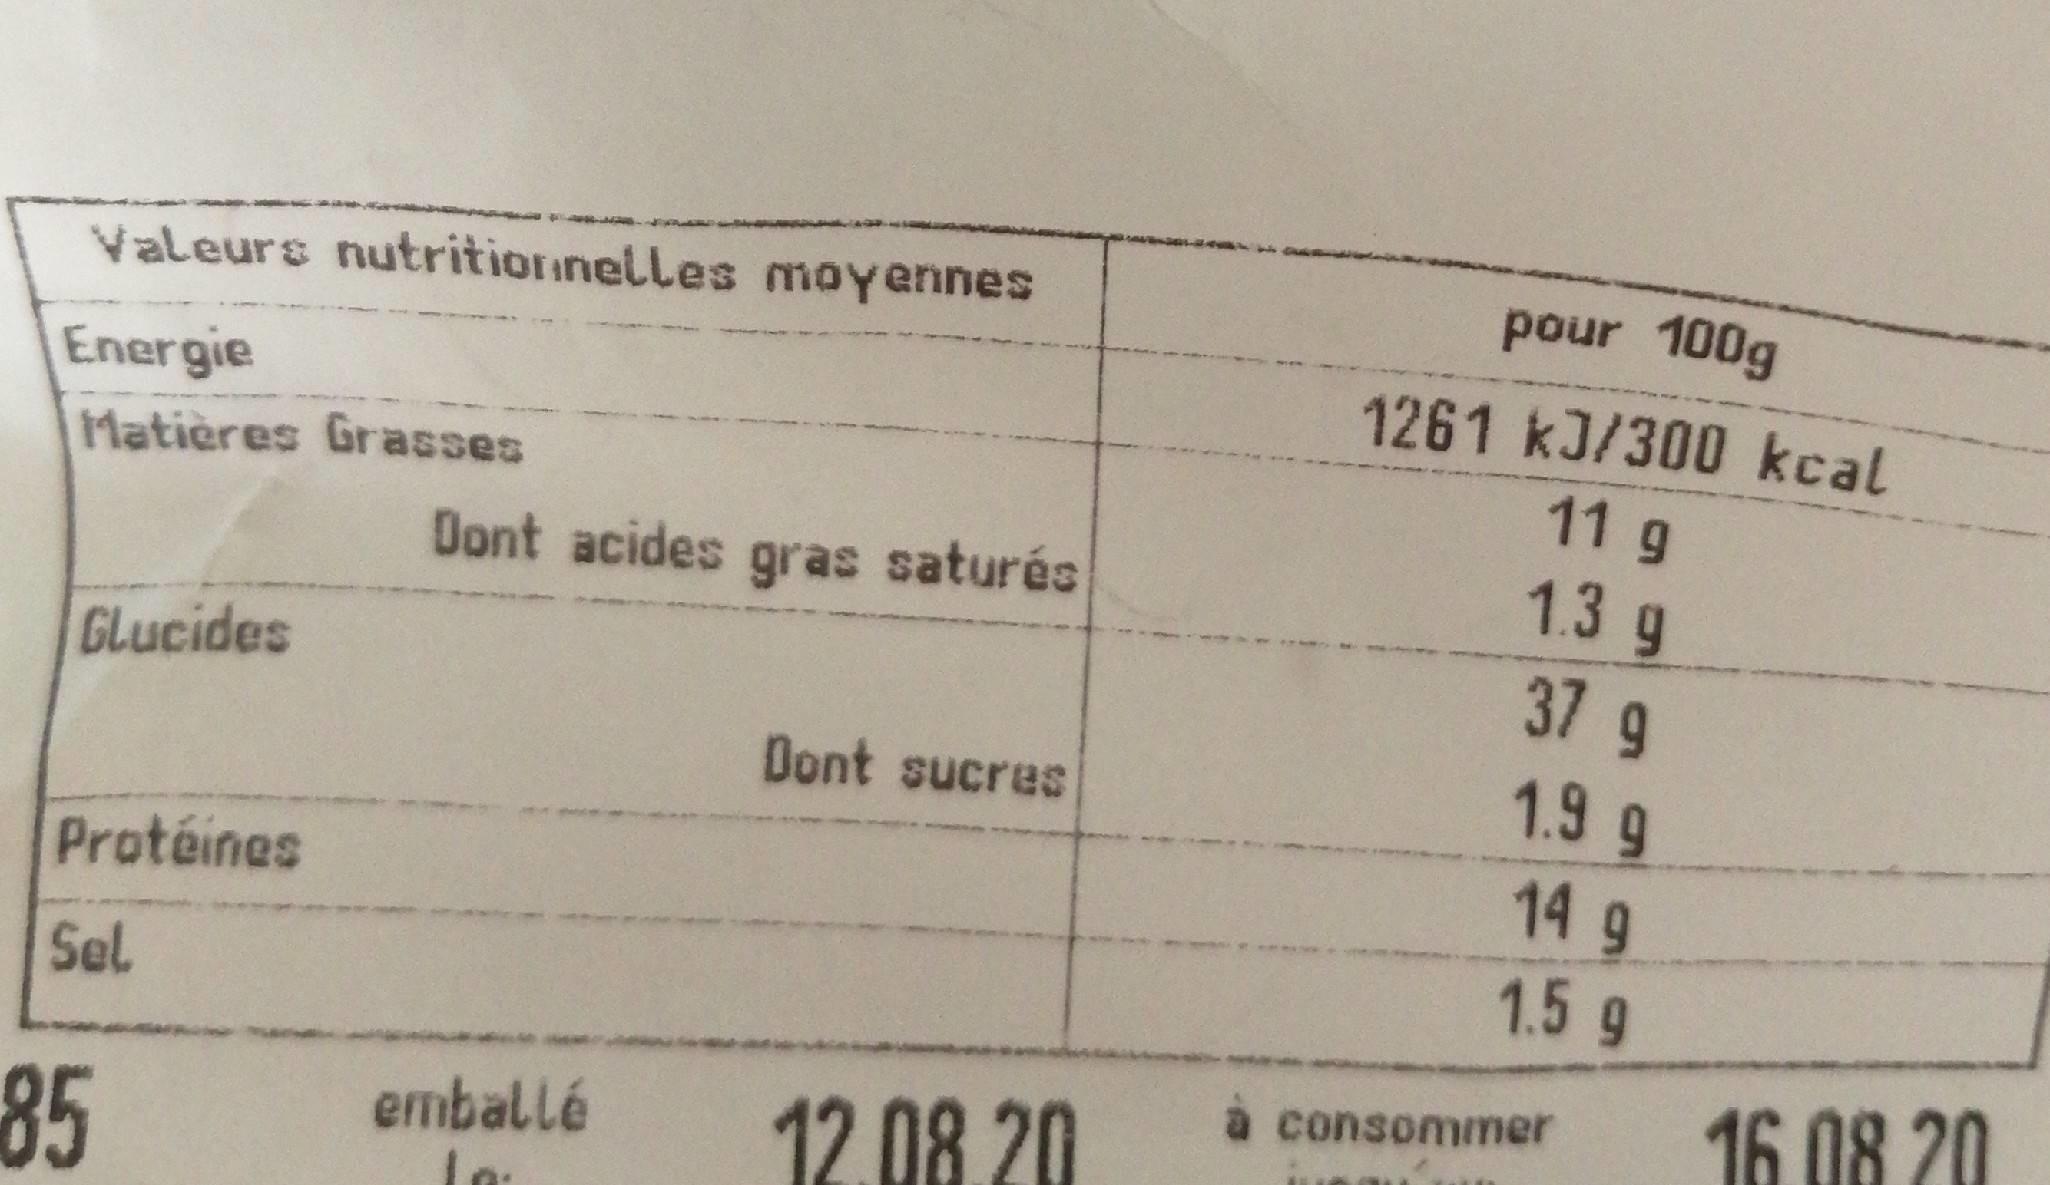
Valeurs nutritioninelles moyennes
pour 100g
1261 kJ/300 kcal
Energie Matières Grasses
11 g
Dont acides gras saturés
1.3 g
37g 1.9 g 14 9
GLucides
Dont sucres
Protéines
1.5 g
Sel
a consommer
16 08 20
85
emballé
12 08 20